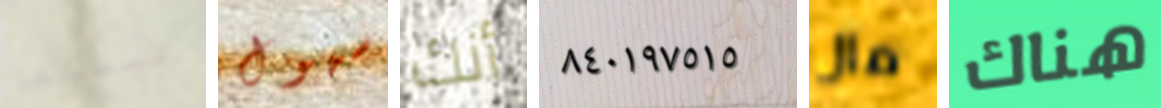
تمسكها سهول أنك ٨٤٠١٩٧٥١٥ مال هناك